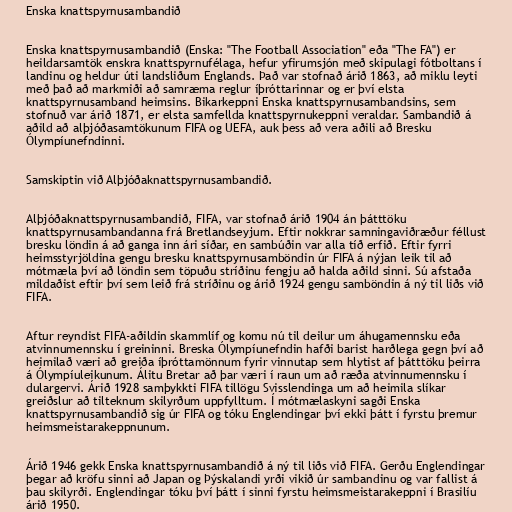
Enska knattspyrnusambandið

Enska knattspyrnusambandið (Enska: "The Football Association" eða "The FA") er
heildarsamtök enskra knattspyrnufélaga, hefur yfirumsjón með skipulagi fótboltans í
landinu og heldur úti landsliðum Englands. Það var stofnað árið 1863, að miklu leyti
með það að markmiði að samræma reglur íþróttarinnar og er því elsta
knattspyrnusamband heimsins. Bikarkeppni Enska knattspyrnusambandsins, sem
stofnuð var árið 1871, er elsta samfellda knattspyrnukeppni veraldar. Sambandið á
aðild að alþjóðasamtökunum FIFA og UEFA, auk þess að vera aðili að Bresku
Ólympíunefndinni.

Samskiptin við Alþjóðaknattspyrnusambandið.

Alþjóðaknattspyrnusambandið, FIFA, var stofnað árið 1904 án þátttöku
knattspyrnusambandanna frá Bretlandseyjum. Eftir nokkrar samningaviðræður féllust
bresku löndin á að ganga inn ári síðar, en sambúðin var alla tíð erfið. Eftir fyrri
heimsstyrjöldina gengu bresku knattspyrnusamböndin úr FIFA á nýjan leik til að
mótmæla því að löndin sem töpuðu stríðinu fengju að halda aðild sinni. Sú afstaða
mildaðist eftir því sem leið frá stríðinu og árið 1924 gengu samböndin á ný til liðs við
FIFA.

Aftur reyndist FIFA-aðildin skammlíf og komu nú til deilur um áhugamennsku eða
atvinnumennsku í greininni. Breska Ólympíunefndin hafði barist harðlega gegn því að
heimilað væri að greiða íþróttamönnum fyrir vinnutap sem hlytist af þátttöku þeirra
á Ólympíuleikunum. Álitu Bretar að þar væri í raun um að ræða atvinnumennsku í
dulargervi. Árið 1928 samþykkti FIFA tillögu Svisslendinga um að heimila slíkar
greiðslur að tilteknum skilyrðum uppfylltum. Í mótmælaskyni sagði Enska
knattspyrnusambandið sig úr FIFA og tóku Englendingar því ekki þátt í fyrstu þremur
heimsmeistarakeppnunum.

Árið 1946 gekk Enska knattspyrnusambandið á ný til liðs við FIFA. Gerðu Englendingar
þegar að kröfu sinni að Japan og Þýskalandi yrði vikið úr sambandinu og var fallist á
þau skilyrði. Englendingar tóku því þátt í sinni fyrstu heimsmeistarakeppni í Brasilíu
árið 1950.